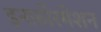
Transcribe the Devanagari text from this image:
इनफ़ॉरमेशन